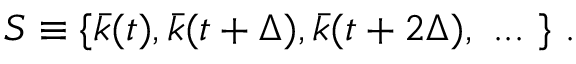
{ \cal { S } } \equiv \{ \bar { k } ( t ) , \bar { k } ( t + \Delta ) , \bar { k } ( t + 2 \Delta ) , \ . . . \ \} \ .